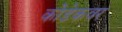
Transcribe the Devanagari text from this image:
कोडेकवर